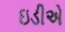
ઇડીએ